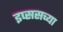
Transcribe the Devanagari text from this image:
इप्ससच्या